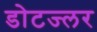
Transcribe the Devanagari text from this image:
डोटज्लर